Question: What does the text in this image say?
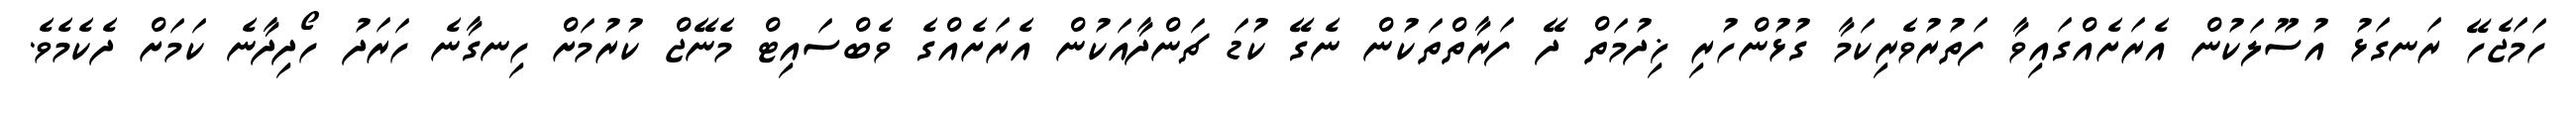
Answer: ހަމަޖެހޭ ރަނގަޅު އުސޫލަކުން އެރަށެއްގައިވާ ފަތުރުވެރިކަމާ ގުޅުންހުރި ޚިދުމަތް ދޭ ފަރާތްތަކުން ނެގޭ ކުޑަ ޗަންދާއަކުން އެރަށެއްގެ ވެބްސައިޓް މެނޭޖް ކުރުމަށް ހިނގާނެ ހަރަދު ހޯދިދާނެ ކަމަށް ދެކެމެވެ.